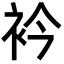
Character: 衿